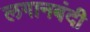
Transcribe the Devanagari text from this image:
लगानबंदी